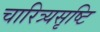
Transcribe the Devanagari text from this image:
चारित्र्यसृष्टि